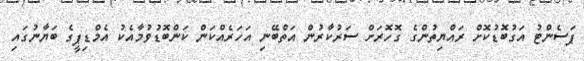
ޕަސެންޓު އަގުބޮޑުކޮށް ރައްޔިތުންގެ ގޮހޮރަށް ސަރުކާރުން އަތްބޭނި އަހަރެއްކަން ކަންބޮޑުވުމާއެކު އެމްޑިޕީގެ ބަޔާނުގައި